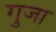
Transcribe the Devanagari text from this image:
गुजा